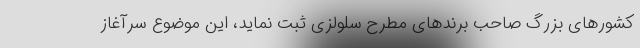
کشورهای بزرگ صاحب برندهای مطرح سلولزی ثبت نماید، این موضوع سرآغاز